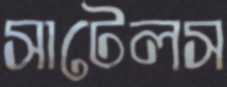
সাটেলস